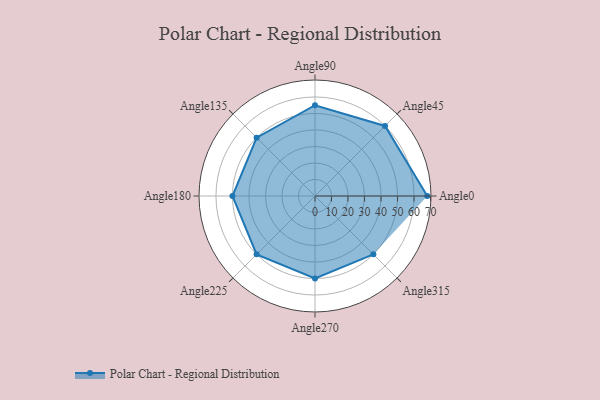
{"axis": {"x": "Angle", "y": "Radius"}, "legend": [""], "data": [{"x": "Angle0", "y": 68.0, "type": ""}, {"x": "Angle45", "y": 60.0, "type": ""}, {"x": "Angle90", "y": 55.0, "type": ""}, {"x": "Angle135", "y": 50, "type": ""}, {"x": "Angle180", "y": 50, "type": ""}, {"x": "Angle225", "y": 50, "type": ""}, {"x": "Angle270", "y": 50, "type": ""}, {"x": "Angle315", "y": 50, "type": ""}]}